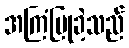
အကြံပြုခဲ့သည်